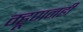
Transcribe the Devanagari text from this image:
म्हूणनही